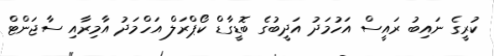
ކުރީގެ ނައިބު ރައީސް އަހުމަދު އަދީބުގެ ބޮޑީގާޑް ކޯޕްރަލް އަހްމަދު އާމިރާއި ސާޖަންޓް